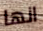
انها